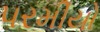
પરમીયો